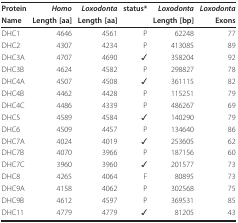
| Protein | Homo | Loxodonta | status* | Loxodonta | Loxodonta |
 | Name | Length [aa] | Length [aa] |  | Length [bp] | Exons |
 | --- | --- | --- | --- | --- | --- |
 | DHC1 | 4646 | 4561 | P | 62248 | 77 |
 | DHC2 | 4307 | 4234 | P | 413085 | 89 |
 | DHC3A | 4707 | 4690 | ✓ | 358204 | 92 |
 | DHC3B | 4624 | 4582 | P | 298827 | 78 |
 | DHC4A | 4507 | 4508 | ✓ | 361115 | 82 |
 | DHC4B | 4462 | 4428 | P | 115251 | 79 |
 | DHC4C | 4486 | 4339 | P | 486267 | 69 |
 | DHC5 | 4589 | 4584 | ✓ | 140290 | 79 |
 | DHC6 | 4509 | 4457 | P | 134640 | 86 |
 | DHC7A | 4024 | 4019 | ✓ | 253605 | 62 |
 | DHC7B | 4070 | 3966 | P | 187156 | 60 |
 | DHC7C | 3960 | 3960 | ✓ | 201577 | 73 |
 | DHC8 | 4265 | 4064 | F | 80895 | 73 |
 | DHC9A | 4158 | 4062 | P | 302568 | 75 |
 | DHC9B | 4612 | 4597 | P | 369531 | 85 |
 | DHC11 | 4779 | 4779 | ✓ | 81205 | 43 |